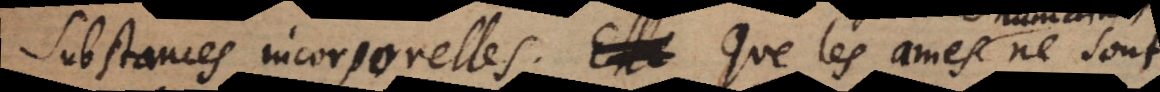
substances incorporelles, que les ames ne sont